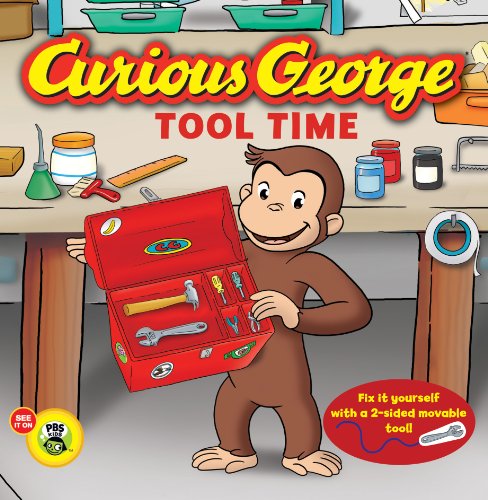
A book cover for Curious George Tool Time (CGTV Board Book); H. A. Rey; Children's Books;